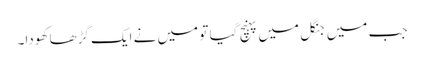
جب میں جنگل میں پہنچ گیا تو میں نے ایک گڑھا کھودا۔